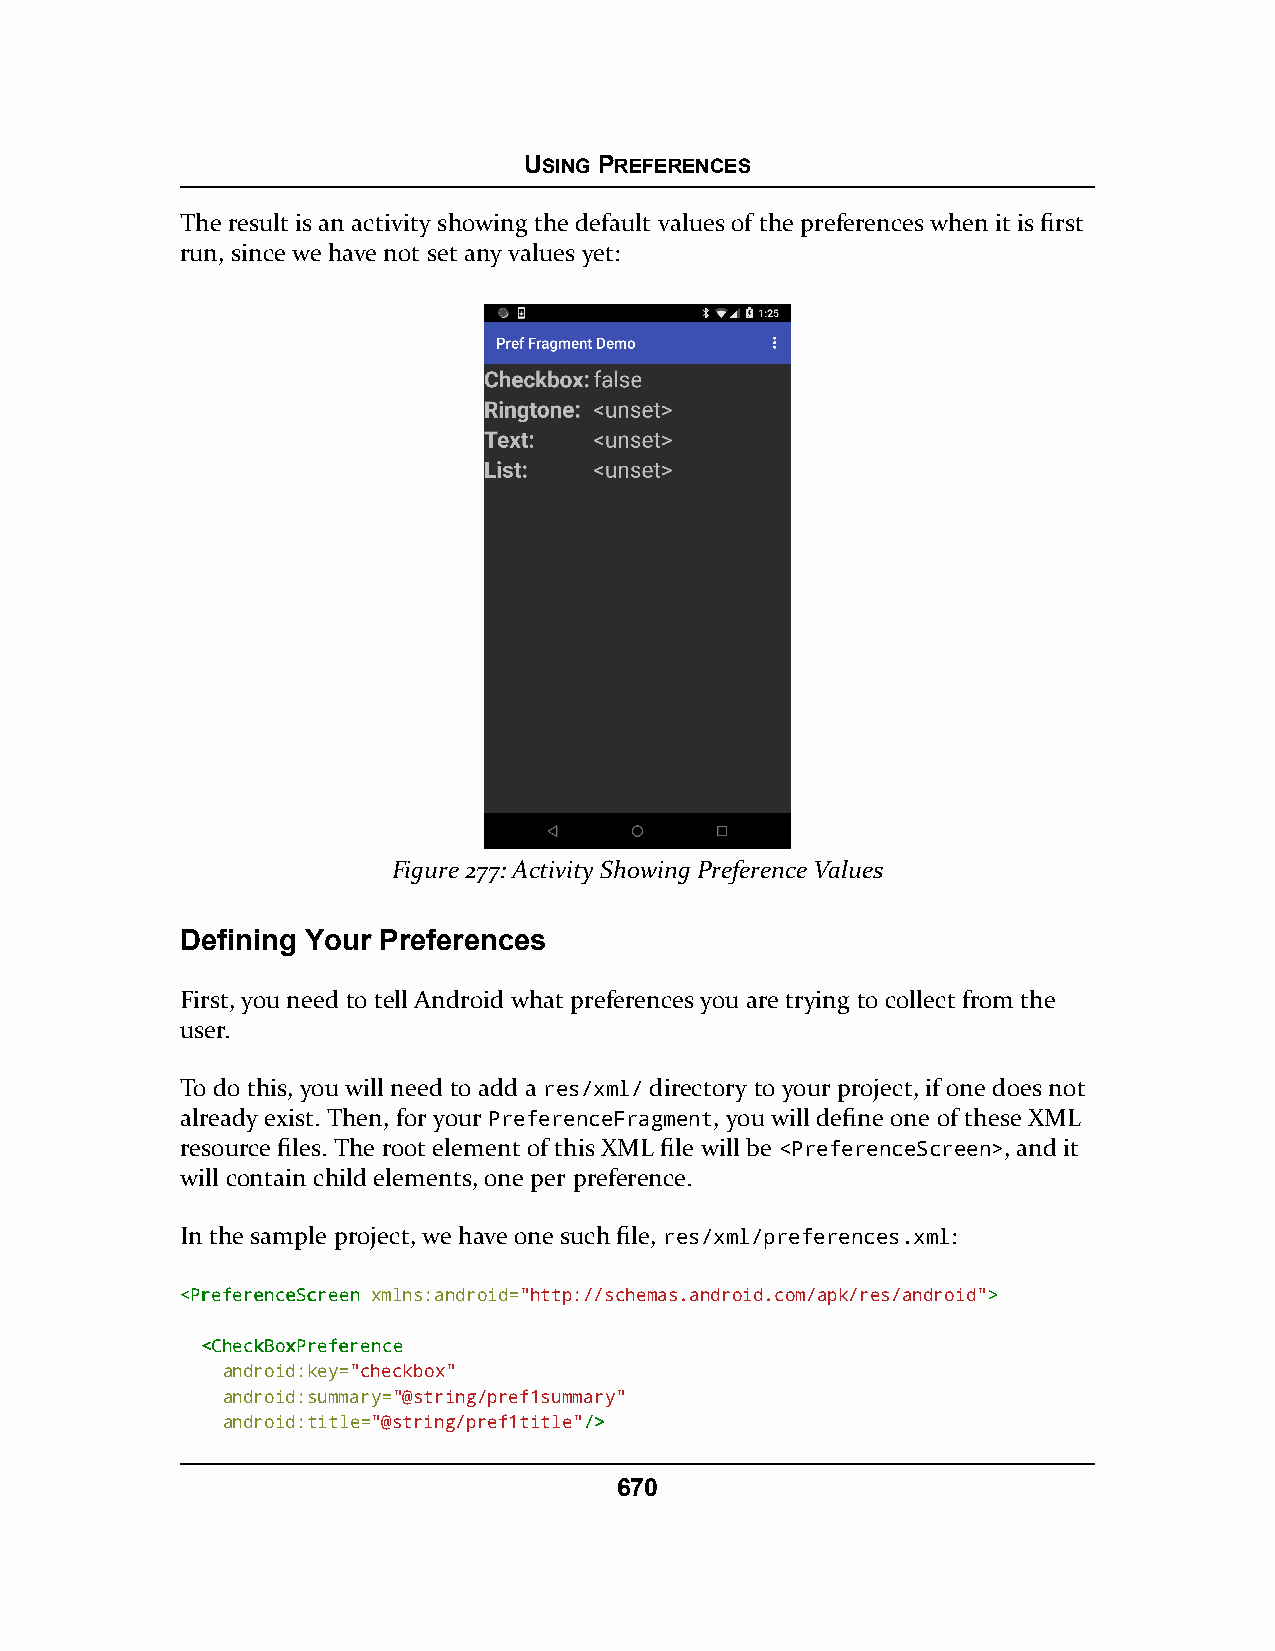
USING PREFERENCES
 The result is an activity showing the default values of the preferences when it is first
 run, since we have not set any values yet:
 Figure 277: Activity Showing Preference Values
 Defining Your Preferences
 First, you need to tell Android what preferences you are trying to collect from the
 user.
 To do this, you will need to add a res/xml/ directory to your project, if one does not
 already exist. Then, for your PreferenceFragment, you will define one of these XML
 resource files. The root element of this XML file will be <PreferenceScreen>, and it
 will contain child elements, one per preference.
 In the sample project, we have one such file, res/xml/preferences.xml:
 <<PPrreeffeerreenncceeSSccrreeeenn xmlns:android="http://schemas.android.com/apk/res/android">>
 <<CChheecckkBBooxxPPrreeffeerreennccee
 android:key="checkbox"
 android:summary="@string/pref1summary"
 android:title="@string/pref1title"//>>
 670